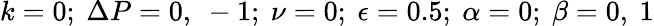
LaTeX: k=0;~\Delta P=0,~-1;~\nu=0;~\epsilon=0.5;~\alpha=0;~\beta=0,~1